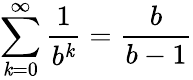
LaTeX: \sum_{\mathit{k}=0}^{\infty}{\frac{{1}}{{b^{\mathit{k}}}}}={\frac{{b}}{{b-1}}}